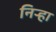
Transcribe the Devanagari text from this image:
निर्‍हा